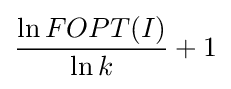
{\frac {\ln FOPT(I)}{\ln k}}+1